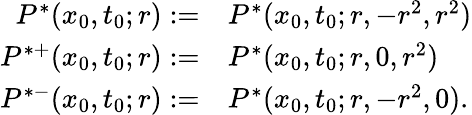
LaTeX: \begin{array}{rl}{P^{*}(x_{0},t_{0};r):=}&{P^{*}(x_{0},t_{0};r,-r^{2},r^{2})}\\ {P^{*+}(x_{0},t_{0};r):=}&{P^{*}(x_{0},t_{0};r,0,r^{2})}\\ {P^{*-}(x_{0},t_{0};r):=}&{P^{*}(x_{0},t_{0};r,-r^{2},0).}\end{array}